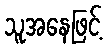
သူအနေဖြင့်